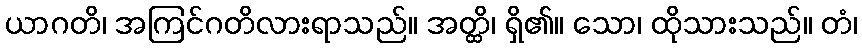
ယာဂတိ၊ အကြင်ဂတိလားရာသည်။ အတ္ထိ၊ ရှိ၏။ သော၊ ထိုသားသည်။ တံ၊